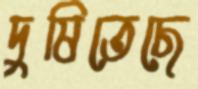
দুষিতেছে